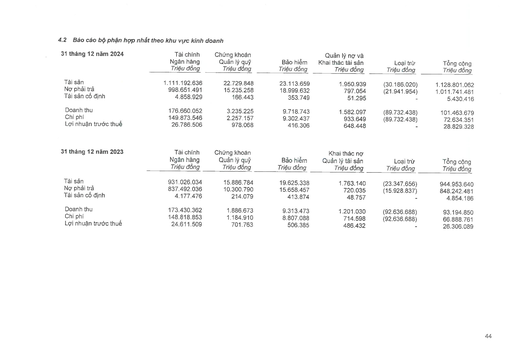
|31 tháng 12 năm 2024|Tài chính Ngân hàng Triệu đồng|Chứng khoán Quản lý quỹ Triệu đồng|Bảo hiểm Triệu đồng|Quản lý nợ và Khai thác tài sản Triệu đồng|Loại trừ Triệu đồng|Tổng cộng Triệu đồng| |---|---|---|---|---|---|---| |Tài sản|1.111.192.636|22.729.848|23.113.659|1.950.939|(30.186.020)|1.128.801.062| |Nợ phải trả|998.651.491|15.235.258|18.999.632|797.054|(21.941.954)|1.011.741.481| |Tài sản cố định|4.858.929|166.443|353.749|51.295|-|5.430.416| |Doanh thu|176.660.052|3.235.225|9.718.743|1.582.097|(89.732.438)|101.463.679| |Chi phí|149.873.546|2.257.157|9.302.437|933.649|(89.732.438)|72.634.351| |Lợi nhuận trước thuế|26.786.506|978.068|416.306|648.448|-|28.829.328| |31 tháng 12 năm 2023|Tài chính Ngân hàng Triệu đồng|Chứng khoán Quản lý quỹ Triệu đồng|Bảo hiểm Triệu đồng|Khai thác nợ Quản lý tài sản Triệu đồng|Loại trừ Triệu đồng|Tổng cộng Triệu đồng| |---|---|---|---|---|---|---| |Tài sản|931.026.034|15.886.784|19.625.338|1.763.140|(23.347.656)|944.953.640| |Nợ phải trả|837.492.036|10.300.790|15.658.457|720.035|(15.928.837)|848.242.481| |Tài sản cố định|4.177.476|214.079|413.874|48.757|-|4.854.186| |Doanh thu|173.430.362|1.886.673|9.313.473|1.201.030|(92.636.688)|93.194.850| |Chi phí|148.818.853|1.184.910|8.807.088|714.598|(92.636.688)|66.888.761| |Lợi nhuận trước thuế|24.611.509|701.763|506.385|486.432|-|26.306.089|